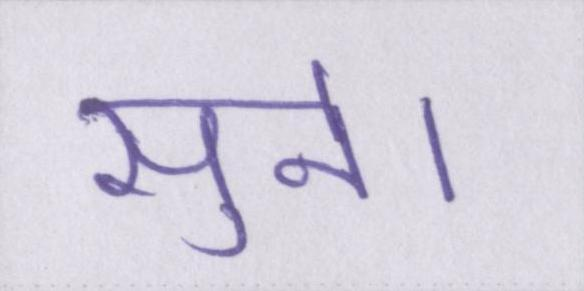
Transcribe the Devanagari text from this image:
सुने।